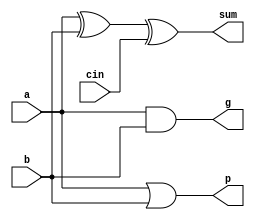
module cla_cell(
   input a, 
   input b,
   input cin, // Determined using other generate and propagates.
   output sum,
   output g, // Generate
   output p // Propagate
);

   assign g = a & b;

   assign p = a | b;

   assign sum = a ^ b ^ cin;

   endmodule